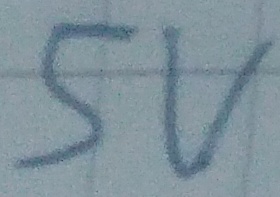
Text: 5V